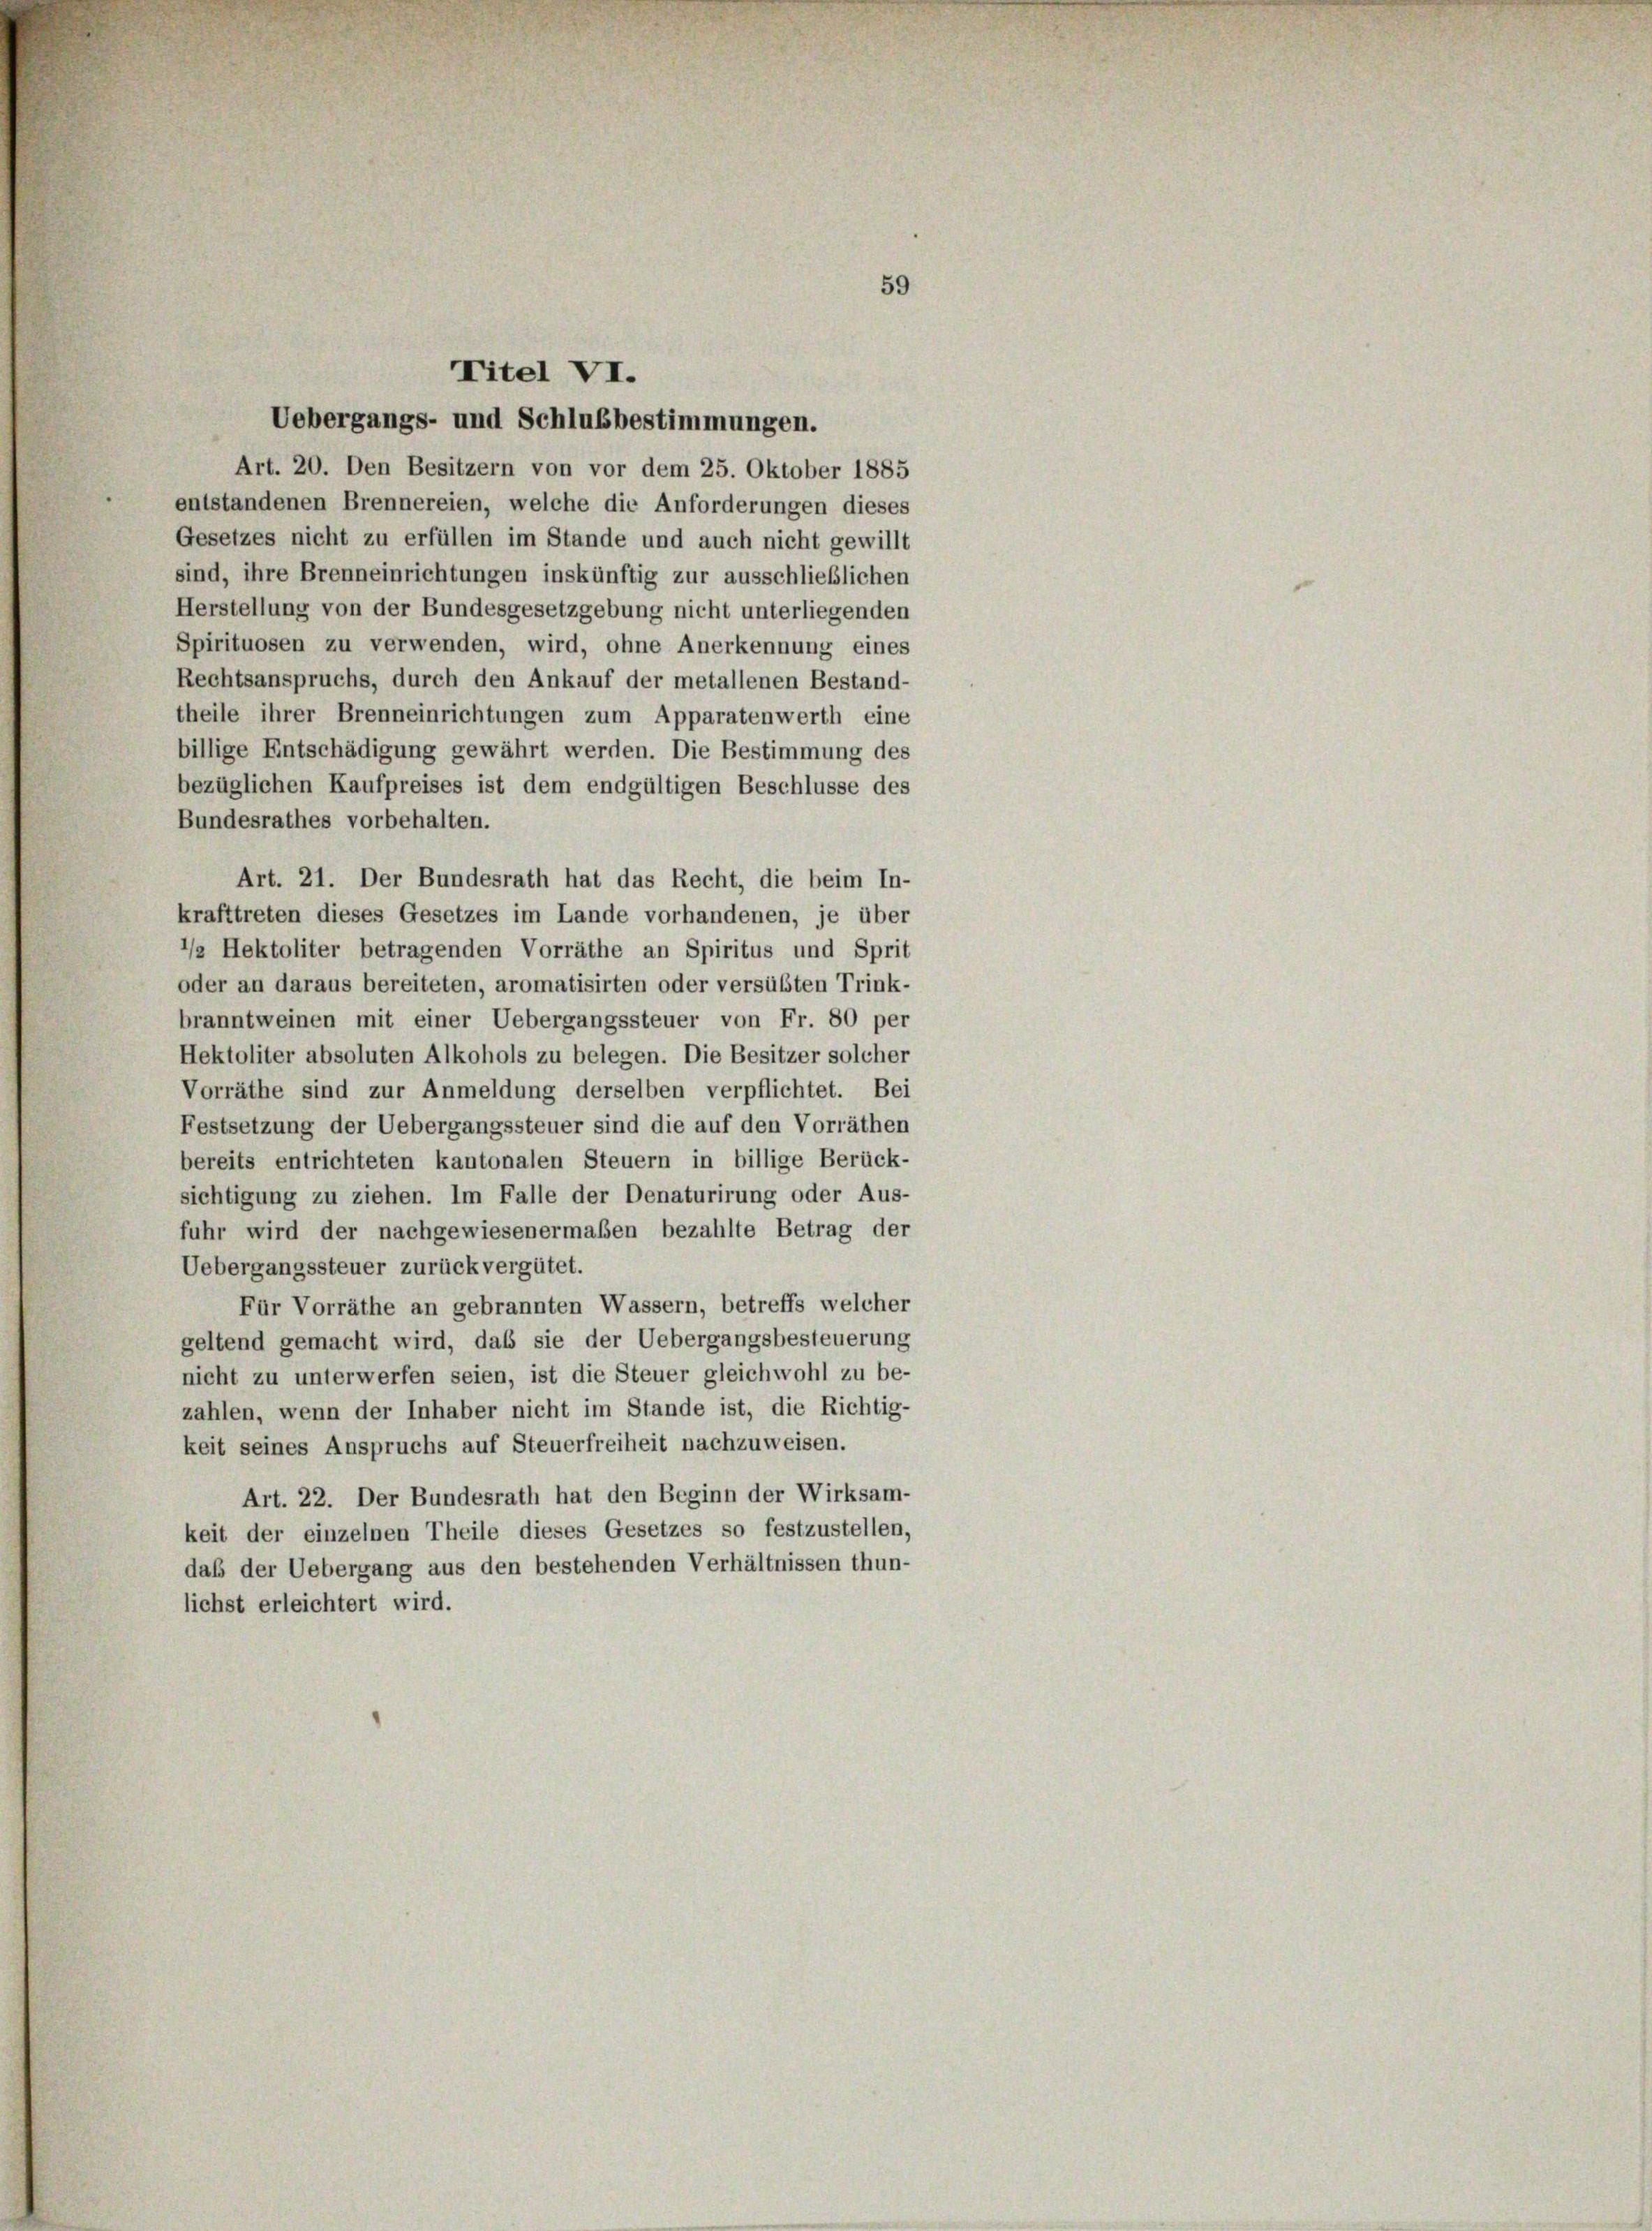
Titel VI.

Uebergangs- und Schlußbestimmungen.
Art. 20. Den Besitzern von vor dem 25. Oktober 1885
entstandenen Brennereien, welche die Anforderungen dieses
Gesetzes nicht zu erfüllen im Stande und auch nicht gewillt
sind, ihre Brenneinrichtungen inskünftig zur ausschließlichen
Herstellung von der Bundesgesetzgebung nicht unterliegenden
Spirituosen zu verwenden, wird, ohne Anerkennung eines
Rechtsanspruchs, durch den Ankauf der metallenen Bestand-
theile ihrer Brenneinrichtungen zum Apparatenwerth eine
billige Entschädigung gewährt werden. Die Bestimmung des
bezüglichen Kaufpreises ist dem endgültigen Beschlüsse des
Bundesrathes vorbehalten.
Art. 21. Der Bundesrath hat das Recht, die beim In-
krafttreten dieses Gesetzes im Lande vorhandenen, je über
/ Hektoliter betragenden Vorräthe an Spiritus und Sprit
oder an daraus bereiteten, aromatisirten oder versübten Trink-
branntweinen mit einer Uebergangssteuer von Fr. 80 per
Hektoliter absoluten Alkohols zu belegen. Die Besitzer solcher
Vorräthe sind zur Anmeldung derselben verpflichtet. Bei
Festsetzung der Uebergangssteuer sind die auf den Vorräthen
bereits entrichteten kantonalen Steuern in billige Berück-
sichtigung zu ziehen. Im Falle der Denaturirung oder Aus-
fuhr wird der nachgewiesenermaßen bezahlte Betrag der
Uebergangssteuer zurückvergütet.
Für Vorräthe an gebrannten Wassern, betreffs welcher
geltend gemacht wird, daß sie der Uebergangsbesteuerung
nicht zu unterwerfen seien, ist die Steuer gleichwohl zu be-
zahlen, wenn der Inhaber nicht im Stande ist, die Richtig-
keit seines Anspruchs auf Steuerfreiheit nachzuweisen.
Art. 22. Der Bundesrath hat den Beginn der Wirksam-
keit der einzelnen Theile dieses Gesetzes so festzustellen,
daß der Uebergang aus den bestehenden Verhältnissen thun-
lichst erleichtert wird.

59